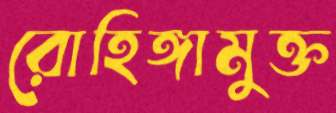
রোহিঙ্গামুক্ত